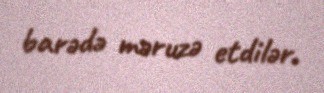
barədə məruzə etdilər.